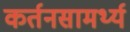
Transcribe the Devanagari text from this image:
कर्तनसामर्थ्य